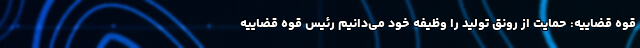
قوه قضاییه: حمایت از رونق تولید را وظیفه خود می‌دانیم رئیس قوه قضاییه